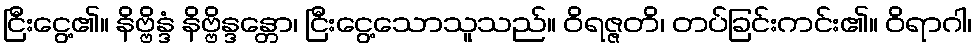
ငြီးငွေ့၏။ နိဗ္ဗိန္ဒံ နိဗ္ဗိန္ဒန္တော၊ ငြီးငွေ့သောသူသည်။ ဝိရဇ္ဇတိ၊ တပ်ခြင်းကင်း၏။ ဝိရာဂါ၊